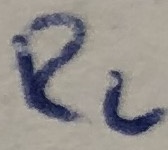
Text: R2